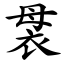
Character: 袰